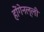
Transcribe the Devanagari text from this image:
होंगेनल्ली